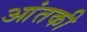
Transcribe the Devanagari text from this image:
आंतकी